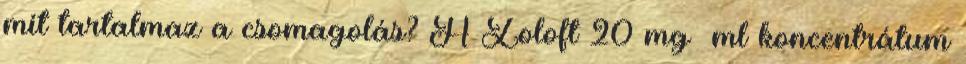
mit tartalmaz a csomagolás? A Zoloft 20 mg ml koncentrátum